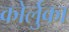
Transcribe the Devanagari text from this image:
कोर्लुका